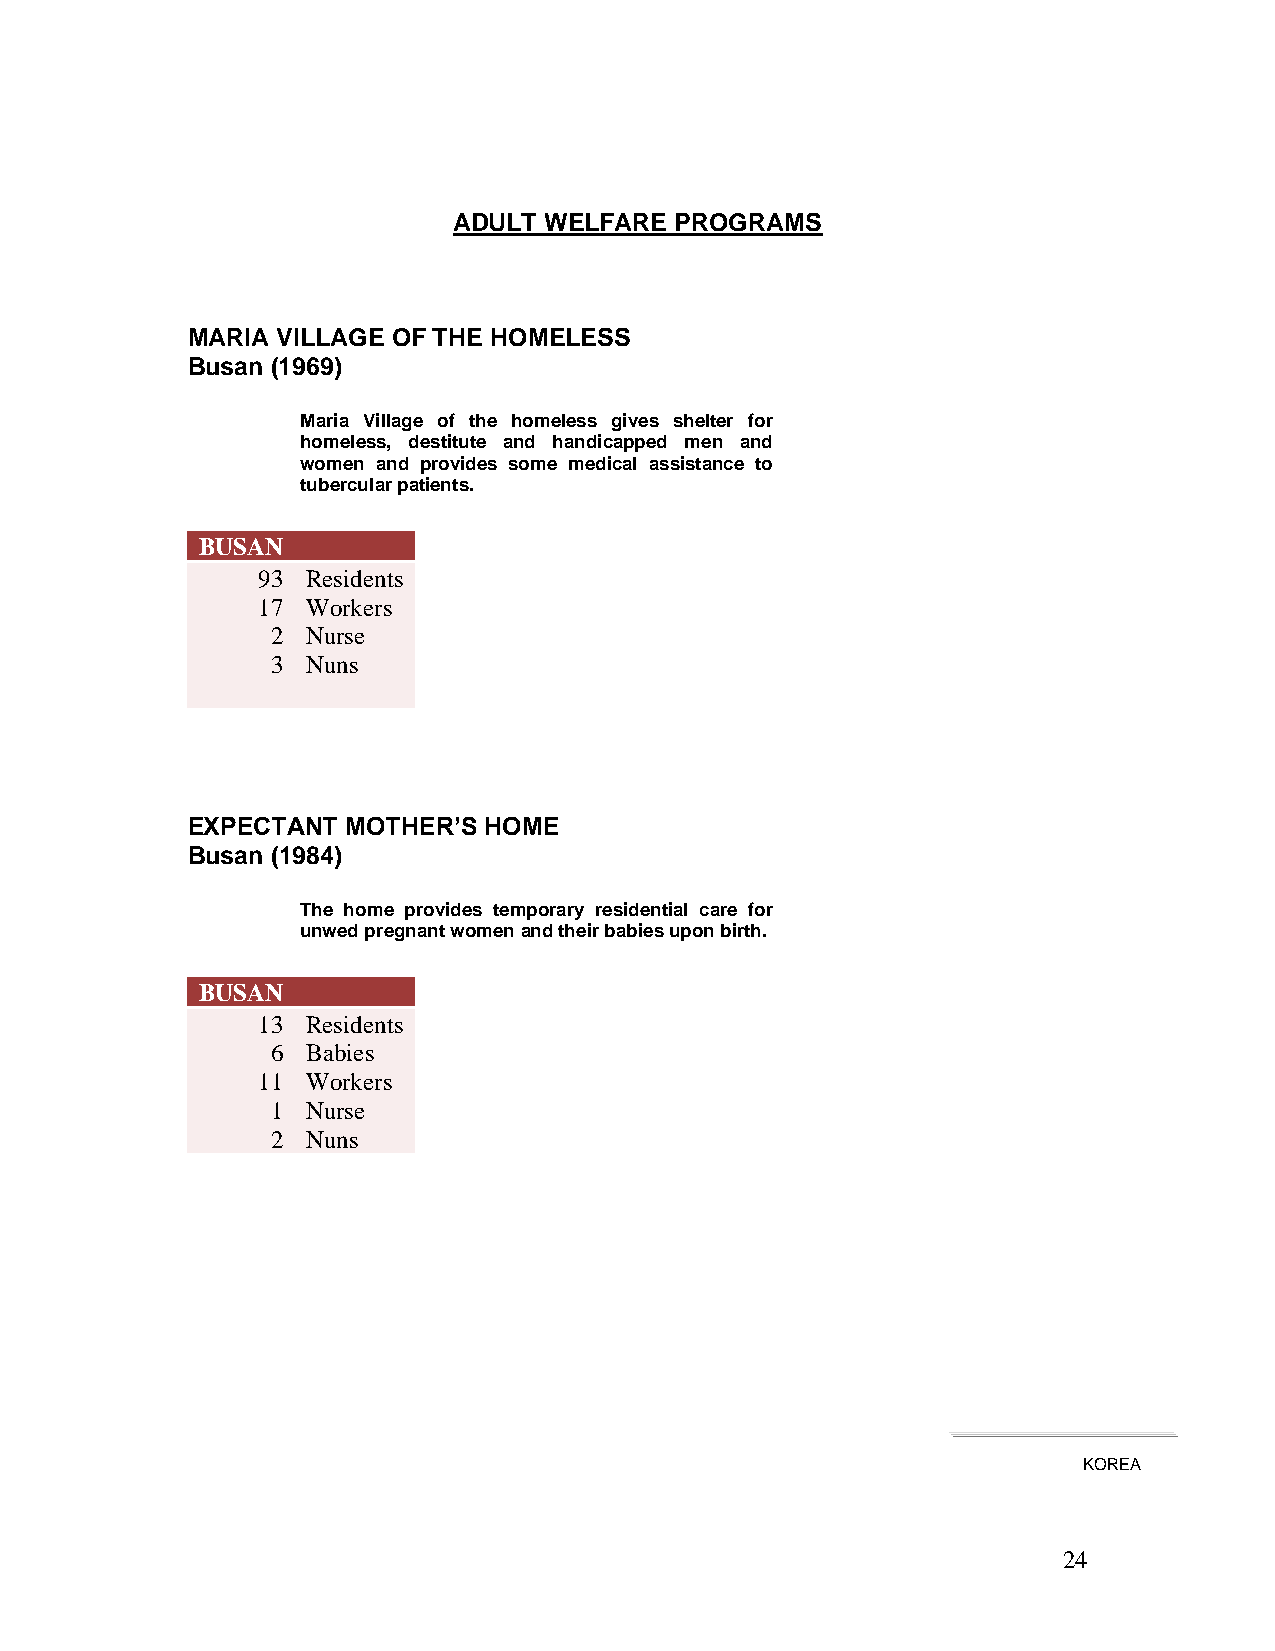
ADULT WELFARE  PROGRAMS
 MARIA VILLAGE OF THE HOMELESS
 Busan (1969)
 Maria Village of the homeless gives shelter for
 homeless, destitute and handicapped men and
 women and provides some medical assistance to
 tubercular patients.
 BUSAN
 93 Residents
 17 Workers
 2 Nurse
 3 Nuns
 EXPECTANT  MOTHER’S HOME
 Busan (1984)
 The home provides temporary residential care for
 unwed pregnant women and their babies upon birth.
 BUSAN
 13 Residents
 6 Babies
 11 Workers
 1 Nurse
 2 Nuns
 KOREA
 24